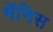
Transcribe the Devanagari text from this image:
मॅनिस